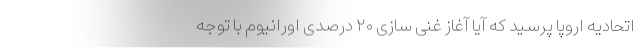
اتحادیه اروپا پرسید که آیا آغاز غنی سازی ۲۰ درصدی اورانیوم با توجه